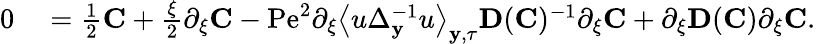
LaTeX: \begin{array}{rl}{0}&{{}=\frac{1}{2}\mathbf{C}+\frac{\xi}{2}\partial_{\xi}\mathbf{C}-\mathrm{Pe}^{2}\partial_{\xi}\left\langle u\Delta_{\mathbf{y}}^{-1}u\right\rangle_{\mathbf{y},\tau}\mathbf{D}(\mathbf{C})^{-1}\partial_{\xi}\mathbf{C}+\partial_{\xi}\mathbf{D}(\mathbf{C})\partial_{\xi}\mathbf{C}.}\end{array}